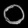
Digit: ၀